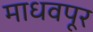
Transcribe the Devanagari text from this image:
माधवपूर